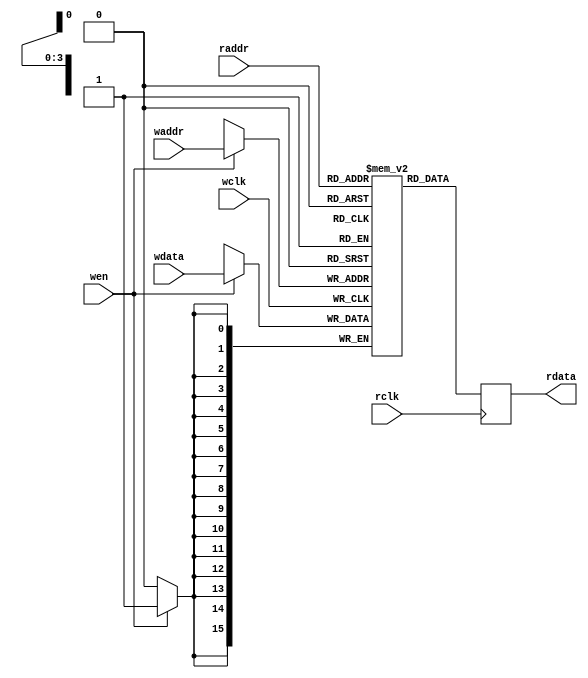
module dpram(wclk,wdata,waddr,wen,rclk,rdata,raddr);
   parameter depth = 4;
   parameter width = 16;
   parameter size = 16;
   
   input wclk;
   input [width-1:0] wdata;
   input [depth-1:0] waddr;
   input 	     wen;

   input rclk;
   output reg [width-1:0] rdata;
   input [depth-1:0]  raddr;
   
   reg [width-1:0]    ram [0:size-1];
   
   always @(posedge wclk)
     if(wen)
       ram[waddr] <= #1 wdata;
   
   always @(posedge rclk)
     rdata <= #1 ram[raddr];
   
endmodule